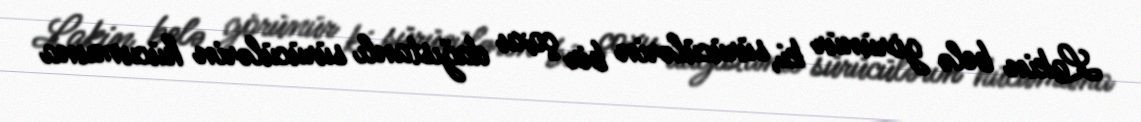
Lakin belə görünür ki, sürücülərin bir çoxu dağıstanlı sürücülərin hücumuna